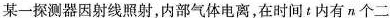
某一探测器因射线照射，内部气体电离，在时间t内有n个二